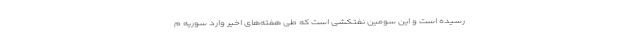
رسیده است و این سومین نفتکشی است که طی هفته‌های اخیر وارد سوریه م